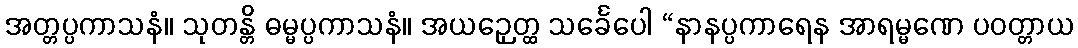
အတ္တပ္ပကာသနံ။ သုတန္တိ ဓမ္မပ္ပကာသနံ။ အယဉှေတ္ထ သင်္ခေပေါ “နာနပ္ပကာရေန အာရမ္မဏေ ပဝတ္တာယ